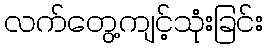
လက်တွေ့ကျင့်သုံးခြင်း